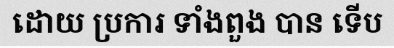
ដោយ ប្រការ ទាំងពួង បាន ទើប